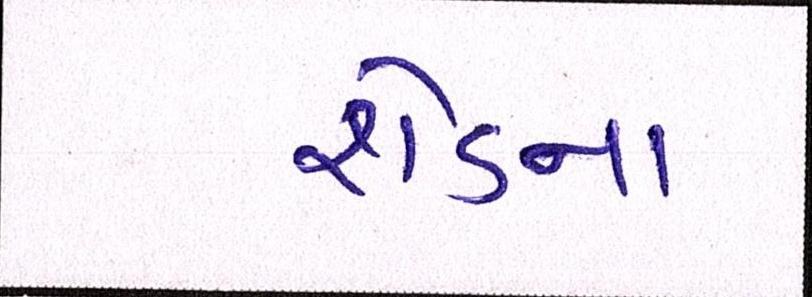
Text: શેડના